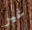
غير